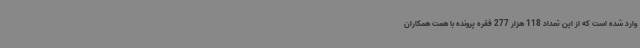
وارد شده است که از این تعداد 118 هزار 277 فقره پرونده با همت همکاران